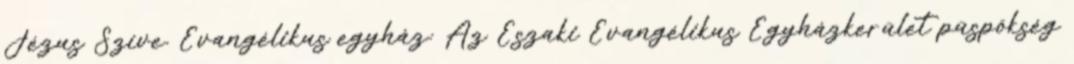
Jézus Szíve. Evangélikus egyház: Az Északi Evangélikus Egyházkerület püspökség